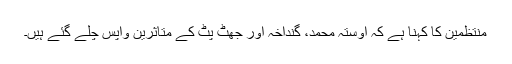
منتظمین کا کہنا ہے کہ اوستہ محمد، گنداخہ اور جھٹ پٹ کے متاثرین واپس چلے گئے ہیں۔